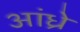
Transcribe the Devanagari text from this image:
आंध्रे